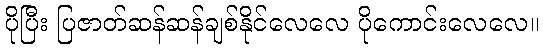
ပိုပြီး ပြဇာတ်ဆန်ဆန်ချစ်နိုင်လေလေ ပိုကောင်းလေလေ။